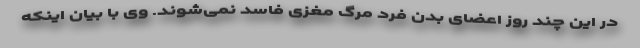
در این چند روز اعضای بدن فرد مرگ مغزی فاسد نمی‌شوند. وی با بیان اینکه